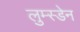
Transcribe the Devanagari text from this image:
लुम्स्डेन